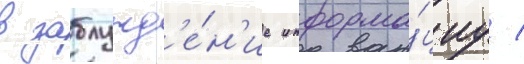
в заблужд'е́н'ие информа́циу /